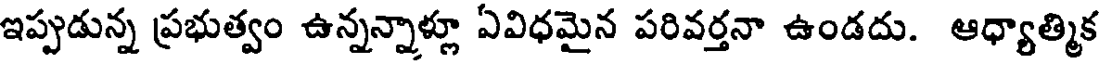
ఇప్పుడున్న ప్రభుత్వం ఉన్నన్నాళ్లూ ఏవిధమైన పరివర్తనా ఉండదు. ఆధ్యాత్మిక